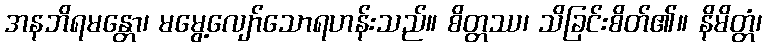
အနဘိရမန္တော၊ မမွေ့လျော်သောရဟန်းသည်။ စိတ္တဿ၊ သိခြင်းစိတ်၏။ နိမိတ္တံ၊